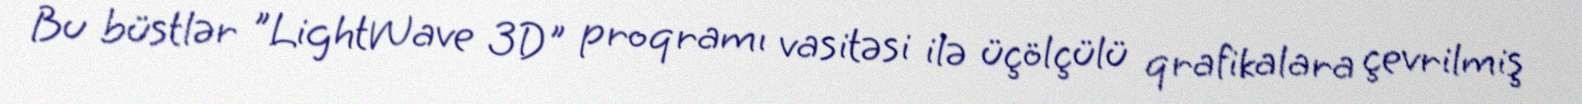
Bu büstlər "LightWave 3D" proqramı vasitəsi ilə üçölçülü qrafikalara çevrilmiş